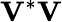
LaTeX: \mathbf{V}^{*}\mathbf{V}